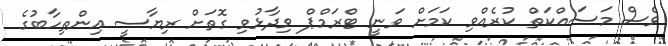
ވެސް މަސައްކަތް ކުރެއްވި ކަމަށް ވަނީ ޓްރަމްޕް ވިދާޅުވި ގޮތަށް ރިޔާސީ އިންތިހާބުގެ